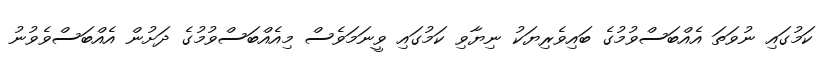
ކަމުގައި ނުވަތަ އެއްބަސްވުމުގެ ބައިވެރިޔަކު ނިޔާވި ކަމުގައި ވީނަމަވެސް މިއެއްބަސްވުމުގެ ދަށުން އެއްބަސްވެވުނު